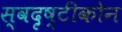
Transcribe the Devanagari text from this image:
स्वदृष्टीकोन